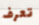
تعرف